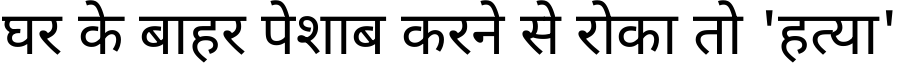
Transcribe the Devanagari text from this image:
घर के बाहर पेशाब करने से रोका तो 'हत्या'